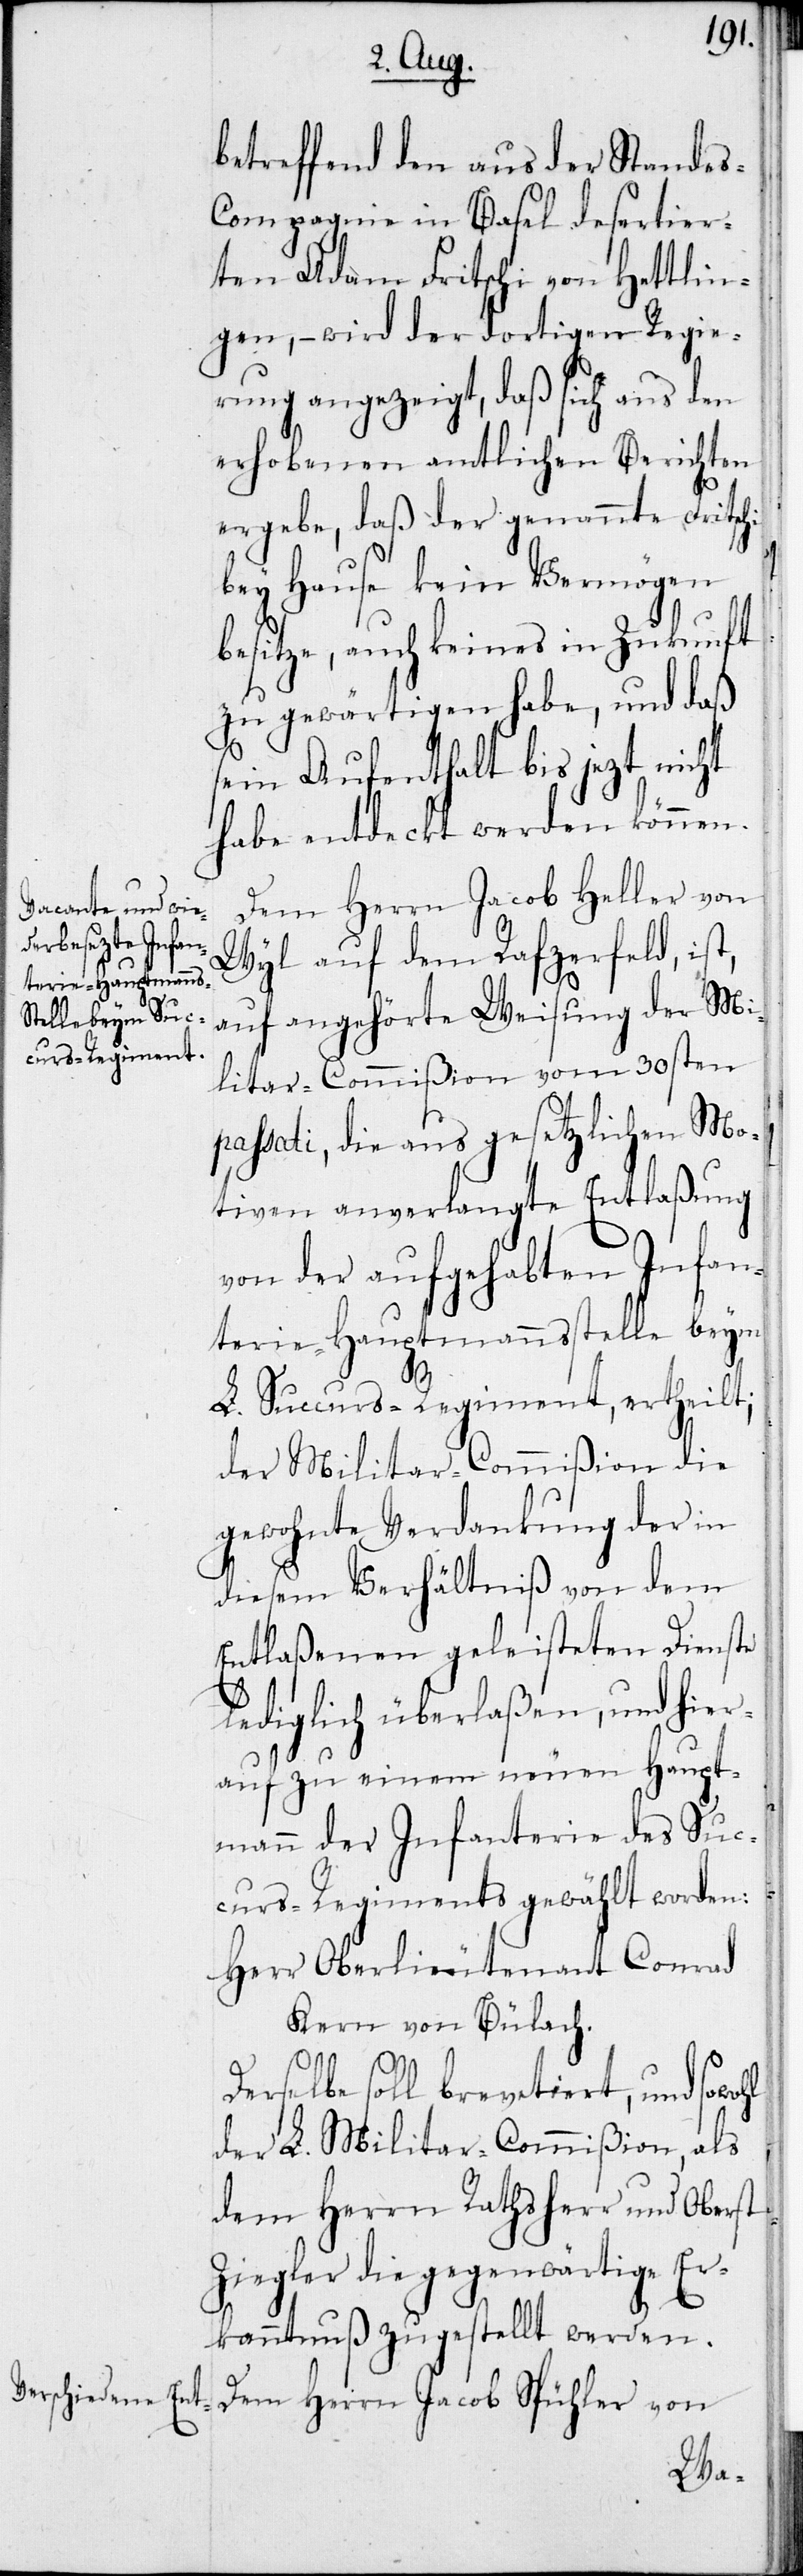
betreffend den aus der Stande¬
s-Compagnie in Basel desertier¬
ten Adam Fritschi von Hettlin¬
gen, – wird der dortigen Regie¬
rung angezeigt, daß sich aus den
erhobenen amtlichen Berichten
ergebe, daß der genannte Fritschi
bey Hause kein Vermögen
besitze, auch keines in Zukunft
zu gewärtigen habe, und daß
sein Aufenthalt bis jezt nicht
habe entdeckt werden können.
Dem Herrn Jacob Heller von
Wyl auf dem Rafzerfeld, ist,
auf angehörte Weisung der Mi¬
litar-Commißion vom 30sten
passati, die aus gesetzlichen Mo¬
tiven anverlangte Entlaßung
von der aufgehabten Infan¬
terie-Hauptmannsstelle beym
L. Succurs-Regiment, ertheilt;
der Militar-Commißion die
gewohnte Verdankung der in
diesem Verhältniß von dem
Entlaßenen geleisteten Dienste
lediglich überlaßen, und hier¬
auf zu einem neuen Haupt¬
mann der Infanterie des Suc¬
curs-Regiments gewählt worden:
Herr Oberlieutenant Conrad
Kern von Bülach.
Derselbe soll brevetiert, und sowohl
der L. Militar-Commßion, als
dem Herrn Rathsherr und Oberst
Ziegler die gegenwärtige Er¬
kanntnuß zugestellt werden.
Dem Herrn Jacob Spühler von